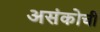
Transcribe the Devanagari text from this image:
असंकोची